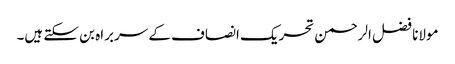
مولانا فضل الرحمن تحریک انصاف کے سربراہ بن سکتے ہیں۔